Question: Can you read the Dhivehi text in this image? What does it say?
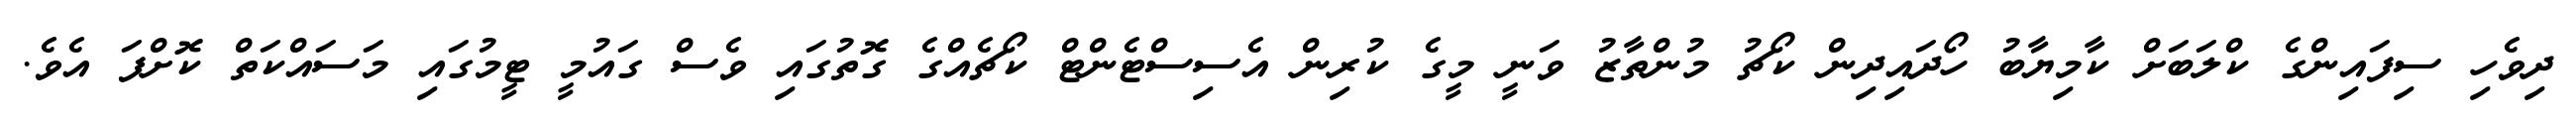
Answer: ދިވެހި ސިފައިންގެ ކްލަބަށް ކާމިޔާބު ހޯދައިދިން ކޯޗު މުންތާޒު ވަނީ މީގެ ކުރިން އެސިސްޓެންޓް ކޯޗެއްގެ ގޮތުގައި ވެސް ގައުމީ ޓީމުގައި މަސައްކަތް ކޮށްފަ އެވެ.